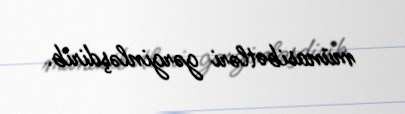
münasibətləri gərginləşdirib.